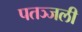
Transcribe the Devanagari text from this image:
पतञ्जली